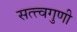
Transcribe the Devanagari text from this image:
सत्त्वगुणी